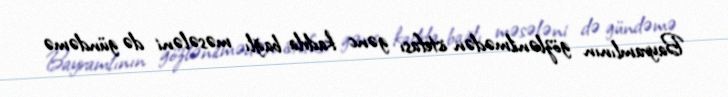
Bayramlının gözlənilmədən istefası gənc kadrla bağlı məsələni də gündəmə